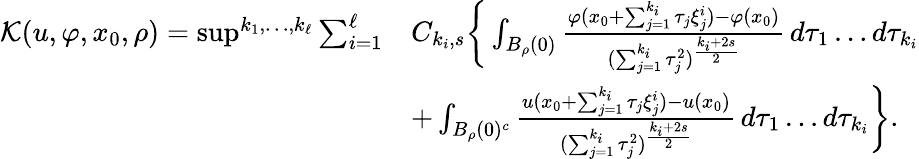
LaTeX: \begin{array}{rl}{\mathcal{K}(u,\varphi,x_{0},\rho)={\operatorname*{sup}}^{k_{1},\dots,k_{\ell}}\sum_{i=1}^{\ell}}&{C_{k_{i},s}\bigg\{ \int_{B_{\rho}(0)}\frac{\varphi(x_{0}+\sum_{j=1}^{k_{i}}\tau_{j}\xi_{j}^{i})-\varphi(x_{0})}{(\sum_{j=1}^{k_{i}}\tau_{j}^{2})^{\frac{k_{i}+2s}{2}}}\, d\tau_{1}\dots d\tau_{k_{i}}}\\ &{+\int_{B_{\rho}(0)^{c}}\frac{u(x_{0}+\sum_{j=1}^{k_{i}}\tau_{j}\xi_{j}^{i})-u(x_{0})}{(\sum_{j=1}^{k_{i}}\tau_{j}^{2})^{\frac{k_{i}+2s}{2}}}\, d\tau_{1}\dots d\tau_{k_{i}}\bigg\} .}\end{array}